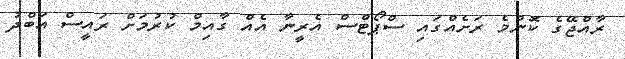
ރާއްޖޭގެ ކޮންމެ ރަށެއްގައި ސްޕޯޓްސް އެރީނާ އެއް ގާއިމް ކުރުމަށް ރައީސް އަބްދު